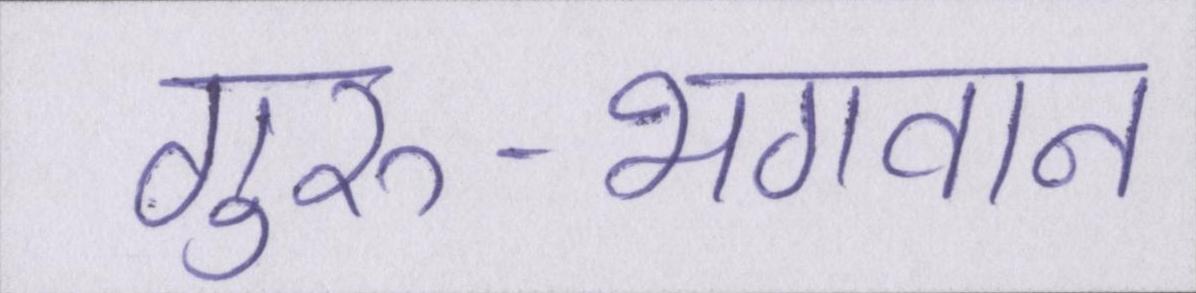
गुरु-भगवान